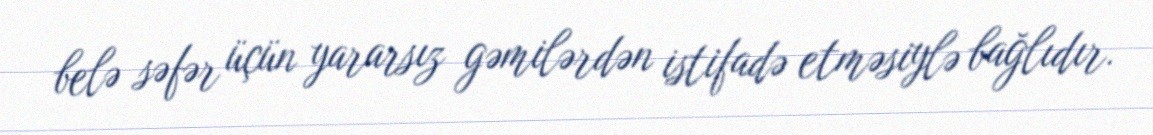
belə səfər üçün yararsız gəmilərdən istifadə etməsiylə bağlıdır.